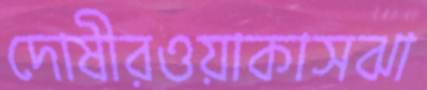
দোষীরওয়াকাসঝা